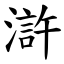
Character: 滸